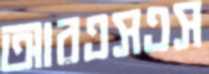
আরএসএস